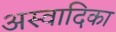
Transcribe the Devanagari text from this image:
अस्वादिका